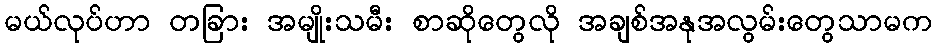
မယ်လုပ်ဟာ တခြား အမျိုးသမီး စာဆိုတွေလို အချစ်အနုအလွမ်းတွေသာမက